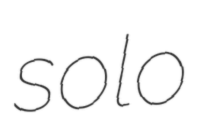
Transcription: solo